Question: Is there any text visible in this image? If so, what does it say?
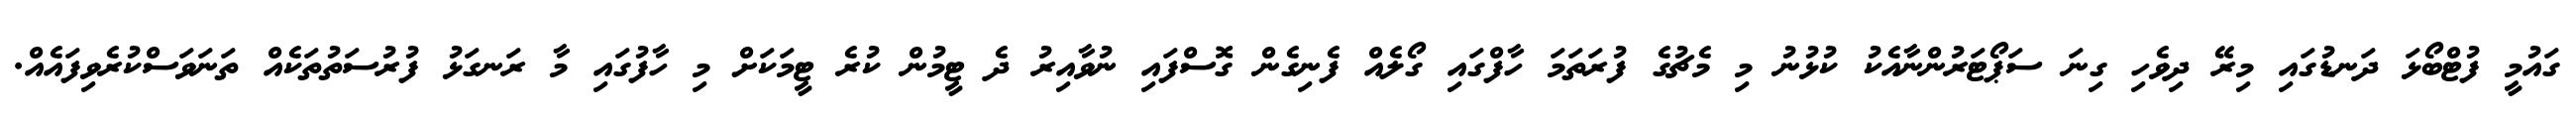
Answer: ގައުމީ ފުޓްބޯޅަ ދަނޑުގައި މިރޭ ދިވެހި ގިނަ ސަޕޯޓަރުންނާއެކު ކުޅުނު މި މެޗުގެ ފުރަތަމަ ހާފްގައި ގޯލެއް ފެނިގެން ގޮސްފައި ނުވާއިރު ދެ ޓީމުން ކުރެ ޓީމަކަށް މި ހާފުގައި މާ ރަނގަޅު ފުރުސަތުތަކެއް ތަނަވަސްކުރެވިފައެއް.